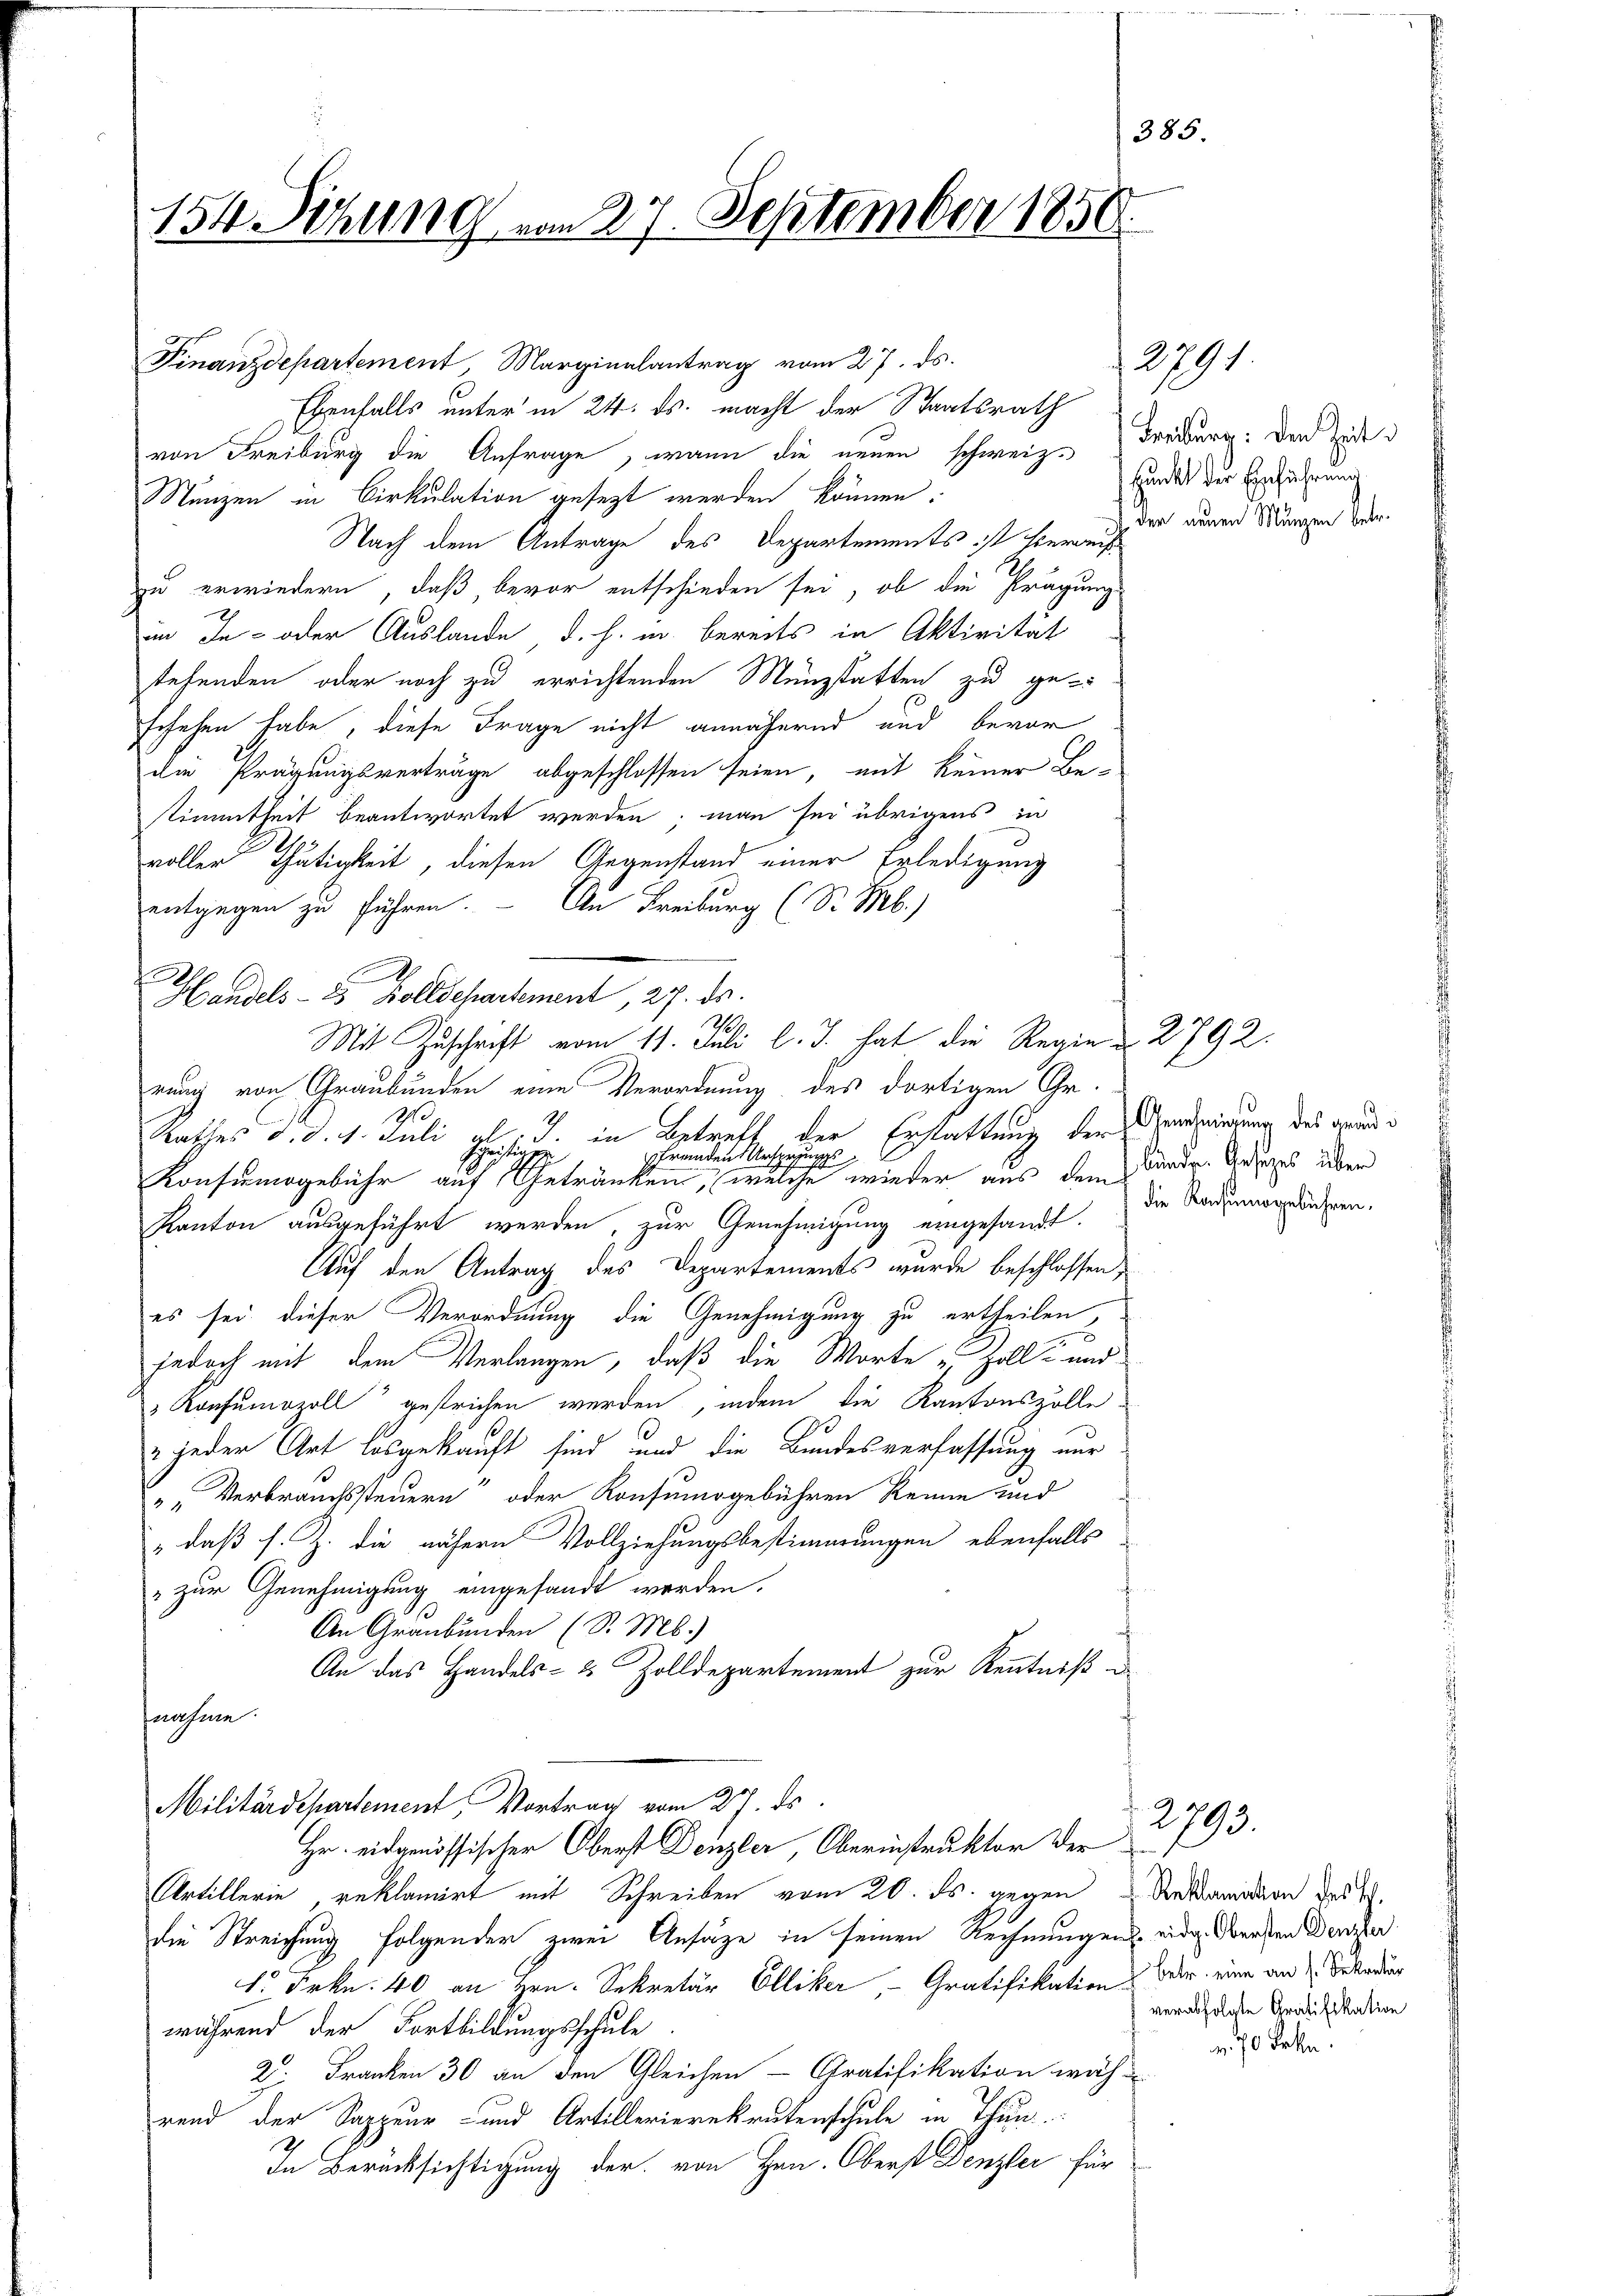
Finanzdepartement, Marginalantrag vom 27. ds.
Ebenfalls unter in 24. ds. macht der Staatsrath
von Freiburg die Anfrage, wann die neuen schweiz. Freiburg. Den Zede
Münzen in Cirkulation gesezt werden können.
Nach dem Antrage des Departements ist hier ein einen Mängen dem
zu erwiedern, daß bevor entschieden sei, ob die Prägung
in In- oder Auslande, d. h. in bereits in Aktivität
stehenden oder noch zu errichtenden Münzstatten zu geschehen habe, diese Frage nicht annähernd und bevor
die Prägungsverträge abgeschlossen seien, mit keiner Be-
stimmtheit beantwortet werden; man sei übrigens in
voller Thätigkeit, diesen Gegenstand einer Erledigung
entgegen zu führen. - An Freiburg (S. M.)
2
s
t
Handels- 2 Zolldepartement, 27. ds.
1
Mit Zuschrift vom 11. Juli l. J. hat die Regie u. 2792.
rung von Graubünden eine Verordnung des dortigen Gr.
2.
Rathes d. d. 1. Juli al. J. in Betreff der Erstattung der Gemeinung des grand¬
Schristig
fremden Ursprungs
Konsumsgebühr auf Getränken, welche wieder aus dem Bunde. Gesages über
Kanton ausgeführt werden, zur Genehmigung eingesandt.
Auf den Antrag des Departements wurde beschlossen,
es sei dieser Verordnung die Genehmigung zu ertheilen,
jedoch mit dem Verlangen, daß die Worte u. Zoll- und
 Konsumozoll“ gestrichen werden, indem die Kantonszölle
2 jeder Art losgekauft sind und die Bundesverfassung nur
„ „Verbrauchssteuern“ oder Konsumsgebühren Renne und
: daß s. Z. die nähern Vollziehungsbestimmungen ebenfalls
 zur Genehmigung eingesandt werden.
An Graubünden (S. Ms.)
An das Handels- & Zolldepartement zur Kenntniß
nahme.
Militärdepartement, Vortrag vom 31t ds
Hr. eidgenössischer Oberst Denzler, Oberinstruktor der
Artillerie reklamirt mit Schreiben vom 20. ds. gegen Reklamation des In
die Streichung folgender zwei Ansage in seinen Rechnungen eidg. Denken Berater
1. Frkn. 40 an Hrn. Sekretär Elliker, - Gratifikation der eine an Bekann
während der Fortbildungsschule
2. Franken 30 an den Gleichen - Gratifikation wäh-
rend der Sappeur- und Artillerierekrutenschule in Thun.
In Berücksichtigung der von Hrn. Oberst Denzler für

154. Sitzung vom 27. September 1850.

385.

sunckt der Einführung

12791

die Konsumogebühren.

verabfolgte Gratifikation
n. 70 Frkn.

2793.